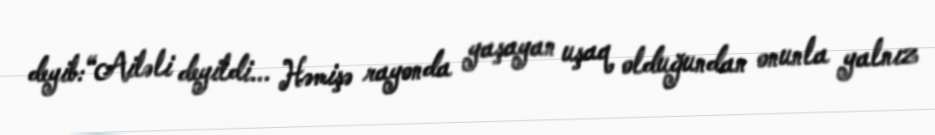
deyib:“Ailəli deyildi... Həmişə rayonda yaşayan uşaq olduğundan onunla yalnız